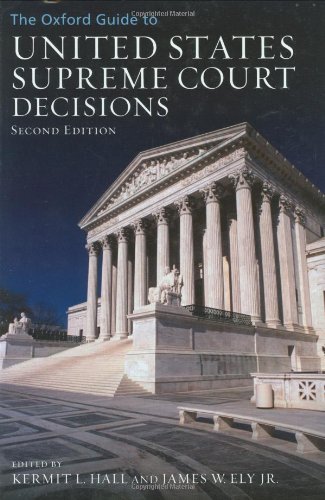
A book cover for The Oxford Guide to United States Supreme Court Decisions; Law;